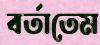
বর্তাতেম